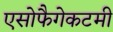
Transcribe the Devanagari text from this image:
एसोफैगेकटमी